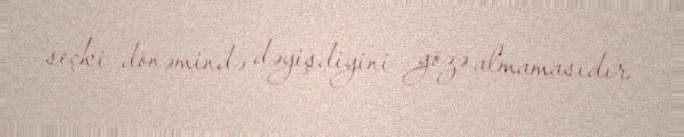
seçki dönəmində dəyişdiyini gözə almamasıdır.